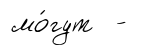
мо́гут -